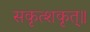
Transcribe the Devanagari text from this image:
सकृत्शकृत्॥